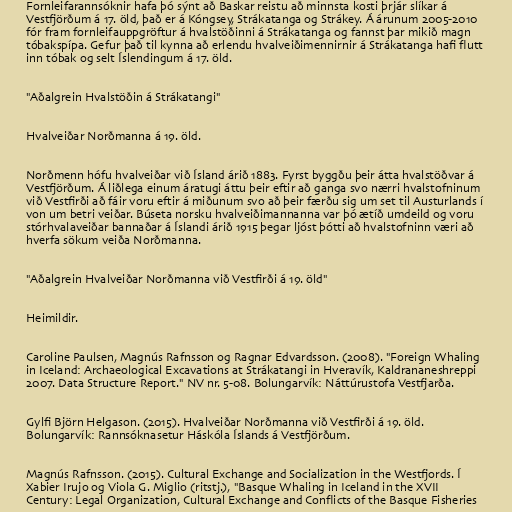
Fornleifarannsóknir hafa þó sýnt að Baskar reistu að minnsta kosti þrjár slíkar á
Vestfjörðum á 17. öld, það er á Kóngsey, Strákatanga og Strákey. Á árunum 2005-2010
fór fram fornleifauppgröftur á hvalstöðinni á Strákatanga og fannst þar mikið magn
tóbakspípa. Gefur það til kynna að erlendu hvalveiðimennirnir á Strákatanga hafi flutt
inn tóbak og selt Íslendingum á 17. öld.

"Aðalgrein Hvalstöðin á Strákatangi"

Hvalveiðar Norðmanna á 19. öld.

Norðmenn hófu hvalveiðar við Ísland árið 1883. Fyrst byggðu þeir átta hvalstöðvar á
Vestfjörðum. Á liðlega einum áratugi áttu þeir eftir að ganga svo nærri hvalstofninum
við Vestfirði að fáir voru eftir á miðunum svo að þeir færðu sig um set til Austurlands í
von um betri veiðar. Búseta norsku hvalveiðimannanna var þó ætíð umdeild og voru
stórhvalaveiðar bannaðar á Íslandi árið 1915 þegar ljóst þótti að hvalstofninn væri að
hverfa sökum veiða Norðmanna.

"Aðalgrein Hvalveiðar Norðmanna við Vestfirði á 19. öld"

Heimildir.

Caroline Paulsen, Magnús Rafnsson og Ragnar Edvardsson. (2008). "Foreign Whaling
in Iceland: Archaeological Excavations at Strákatangi in Hveravík, Kaldrananeshreppi
2007. Data Structure Report." NV nr. 5-08. Bolungarvík: Náttúrustofa Vestfjarða.

Gylfi Björn Helgason. (2015). Hvalveiðar Norðmanna við Vestfirði á 19. öld.
Bolungarvík: Rannsóknasetur Háskóla Íslands á Vestfjörðum.

Magnús Rafnsson. (2015). Cultural Exchange and Socialization in the Westfjords. Í
Xabier Irujo og Viola G. Miglio (ritstj.), "Basque Whaling in Iceland in the XVII
Century: Legal Organization, Cultural Exchange and Conflicts of the Basque Fisheries